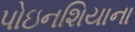
પોઇનશિયાના